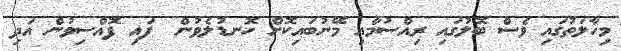
މިހާލަތުގައި ވެސް ބޮލުގައި ރިއްސުމާއި މޭނުބައިކޮށް ހޮނޑުލެވުން  ފައި ފޮއްސިވުން އަދި